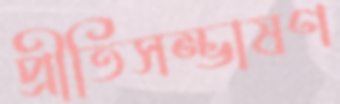
প্রীতিসম্ভাষণ